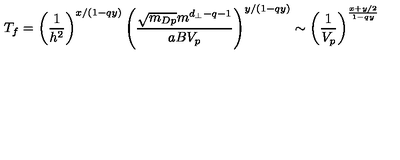
T _ { f } = \left( \frac { 1 } { h ^ { 2 } } \right) ^ { x / ( 1 - q y ) } \left( \frac { \sqrt { m _ { D p } } m ^ { d _ { \perp } - q - 1 } } { a B V _ { p } } \right) ^ { y / ( 1 - q y ) } \sim \left( \frac { 1 } { V _ { p } } \right) ^ { \frac { x + y / 2 } { 1 - q y } }